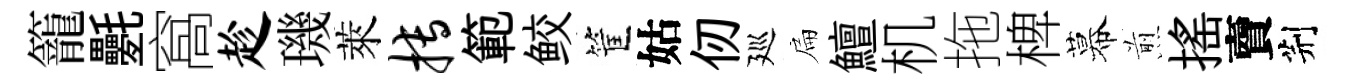
籠氎窩趁璣萊搏範鲛筐姑仞廵扁鱣机拖椑幕煎揺𧶠荆